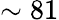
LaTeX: \sim 81